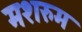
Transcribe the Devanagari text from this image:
मशरुम